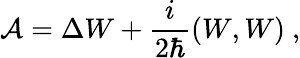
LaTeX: {\cal A}=\Delta W+\frac{i}{2\hbar}(W,W)\ ,